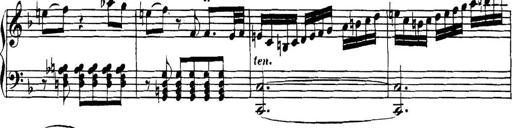
Title: Collected Piano Sonatas
Composer: Muzio Clementi